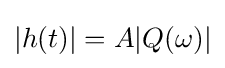
|h(t)|=A|Q(\omega )|